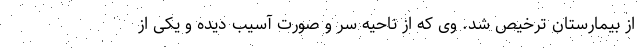
از بیمارستان ترخیص شد. وی که از ناحیه سر و صورت آسیب دیده و یکی از